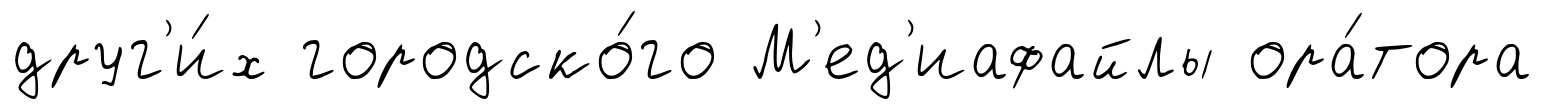
друг'и́х городско́го М'ед'иафайлы ора́тора